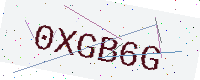
Text: 0XGB6G